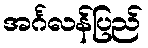
အင်္ဂလန်ပြည်